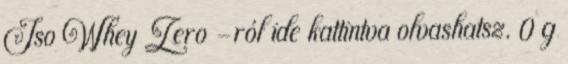
Iso Whey Zero -ról ide kattintva olvashatsz. 0 g